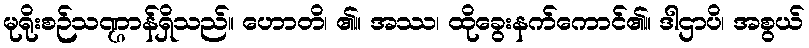
မုရိုးစဉ်သဏ္ဌာန်ရှိသည်။ ဟောတိ၊ ၏။ အဿ၊ ထိုခွေးနက်ကောင်၏။ ဒါဌာပိ၊ အစွယ်